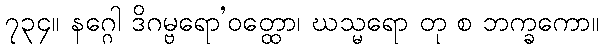
၇၃၄။ နဂ္ဂေါ ဒိဂမ္ဗရော’ဝတ္ထော၊ ဃသ္မရော တု စ ဘက္ခကော။